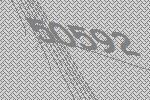
50592